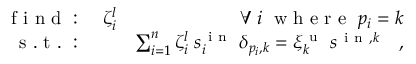
\begin{array} { r l r } { \mathrm { ~ f ~ i ~ n ~ d ~ : ~ } } & { { } \zeta _ { i } ^ { l } } & { \forall \; i \; \mathrm { ~ w ~ h ~ e ~ r ~ e ~ } \; p _ { i } = k } \\ { \mathrm { ~ s ~ . ~ t ~ . ~ : ~ } } & { { } } & { \sum _ { i = 1 } ^ { n } \zeta _ { i } ^ { l } \; s _ { i } ^ { \mathrm { ~ i ~ n ~ } } \; \delta _ { p _ { i } , k } = \xi _ { k } ^ { \mathrm { ~ u ~ } } \; s ^ { \mathrm { ~ i ~ n ~ } , k } \quad , } \end{array}